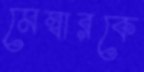
মেম্বারকে